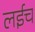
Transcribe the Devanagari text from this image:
लईच